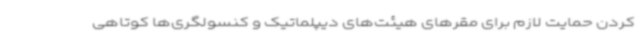
کردن حمایت لازم برای مقرهای هیئت‌های دیپلماتیک و کنسولگری‌ها کوتاهی